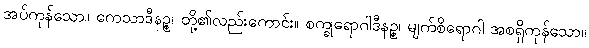
အပ်ကုန်သော။ ကေသာဒီနဉ္စ၊ တို့၏လည်းကောင်း။ စက္ခုရောဂါဒီနဉ္စ၊ မျက်စိရောဂါ အစရှိကုန်သော။